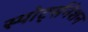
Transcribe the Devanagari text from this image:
स्पोर्ट्सनेशन